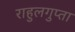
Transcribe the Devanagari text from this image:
राहुलगुप्ता